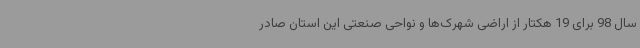
سال 98 برای 19 هکتار از اراضی شهرک‌ها و نواحی صنعتی این استان صادر